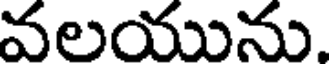
వలయును.